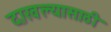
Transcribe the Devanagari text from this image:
दाखल्यासाठी